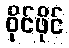
ဝိုင်ဖိုင်